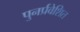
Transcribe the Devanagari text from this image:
पुनर्प्रवेशित